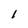
Character: l